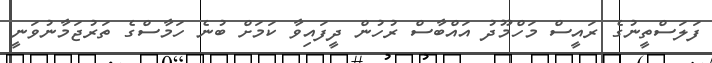
ފަލަސްތީނުގެ ރައީސް މަހްމޫދު އައްބާސް ރުހުން ދީފައިވާ ކަމަށް ބުނެ ހަމާސްގެ ތަރުޖަމާނުވަނީ